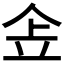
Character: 𠈔